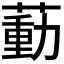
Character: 𦹝